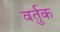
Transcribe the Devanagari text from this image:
वर्तुक